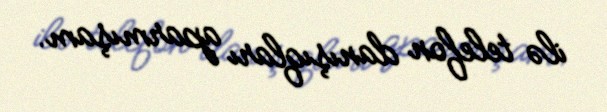
ilə telefon danışıqları aparmışam.